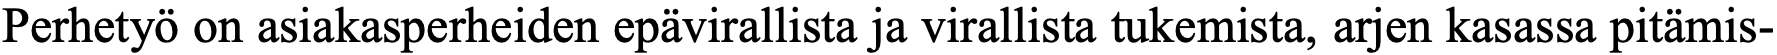
Perhetyö on asiakasperheiden epävirallista ja virallista tukemista, arjen kasassa pitämis-